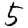
Digit: 5